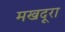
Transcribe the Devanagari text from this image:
मखदूरा